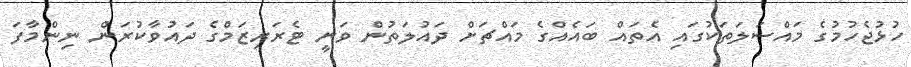
ހުޅުޖެހުމުގެ މައްސަލަތަކުގައި އެތައް ބައެއްގެ މައްޗަށް ދައުލަތުން ވަނީ ޓެރަރިޒަމްގެ ދައުވާކުރަން ނިންމާފަ